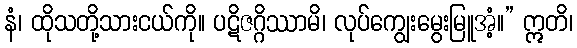
နံ၊ ထိုသတို့သားငယ်ကို။ ပဋိဇဂ္ဂိဿာမိ၊ လုပ်ကျွေးမွေးမြူအံ့။” ဣတိ၊